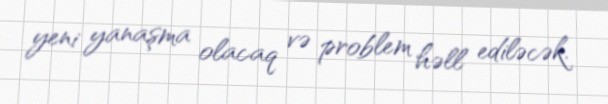
yeni yanaşma olacaq və problem həll ediləcək.